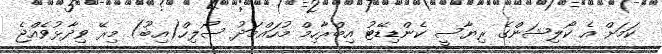
ކަމަށް އެ ކޯލިޝަންގެ ރިޔާސީ ކެންޑިޑޭޓު އިބްރާހިމް މުހައްމަދު ސޯލިހް(އިބޫ) މިރޭ ވިދާޅުވެއްޖެ